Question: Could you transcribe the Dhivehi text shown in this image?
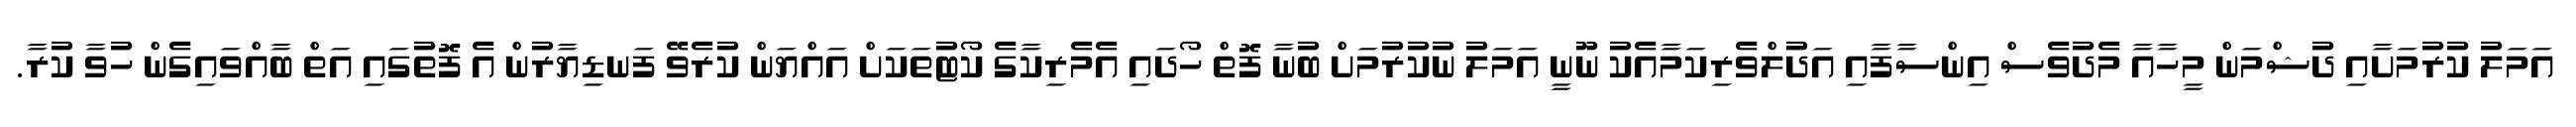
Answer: އަމަލު ކުރުމަށާއި ދުޝްމަން މީހާއާ މެދުވެސް އިންސާފާއި އަދުލްވެރިކަމާއެކު ނޫނީ އަމަލު ނުކުރުމަށް ބުނާ ފޮތް ހޯދައި އެމެރިކާގެ ކޯޓުތަކަށް އައްޔަން ކުރެވޭ ފަނޑިޔާރުން އެ ފޮތުގައި އަތް ބާއްވައިގެން ހުވާ ކުރާ.